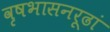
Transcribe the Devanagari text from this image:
वृषभासनरूढां